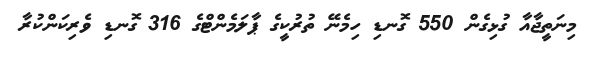
މިނަތީޖާއާ ގުޅިގެން 550 ގޮނޑި ހިމެނޭ ތުރުކީގެ ޕާލަމެންޓްގެ 316 ގޮނޑި ވެރިކަންކުރާ